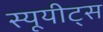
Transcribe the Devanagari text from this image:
स्यूयीट्स